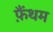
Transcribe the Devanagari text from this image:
फ़ैंथम